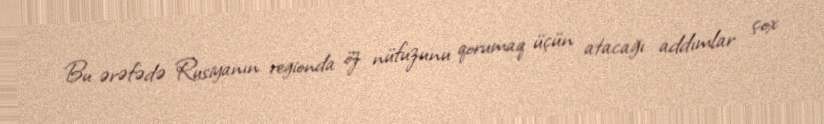
Bu ərəfədə Rusiyanın regionda öz nüfuzunu qorumaq üçün atacağı addımlar çox